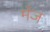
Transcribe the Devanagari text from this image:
मँज